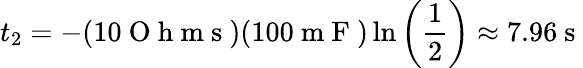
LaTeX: t_{2}=-(10\mathrm{~O~h~m~s~})(100\mathrm{~m~F~})\ln{\left(\frac{1}{2}\right)}\approx 7.96\mathrm{~s~}